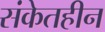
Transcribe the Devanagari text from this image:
संकेतहीन